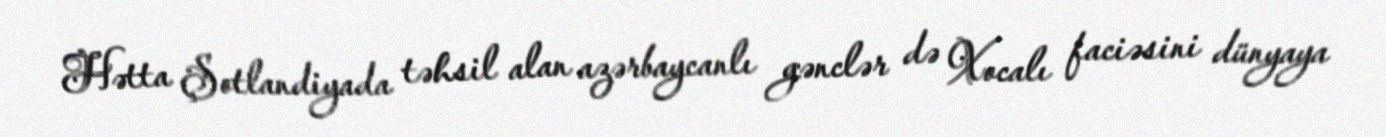
Hətta Şotlandiyada təhsil alan azərbaycanlı gənclər də Xocalı faciəsini dünyaya